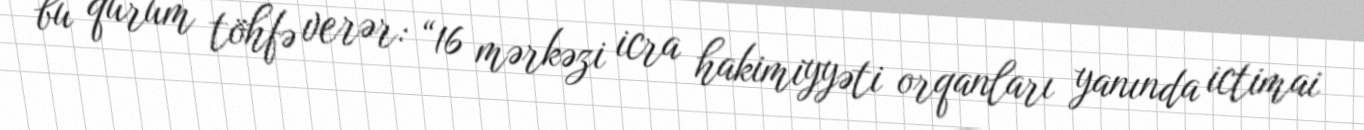
bu qurum töhfə verər: “16 mərkəzi icra hakimiyyəti orqanları yanında ictimai